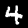
Label: 4